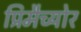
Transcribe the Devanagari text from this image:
प्रिमैच्योर